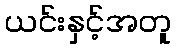
ယင်းနှင့်အတူ